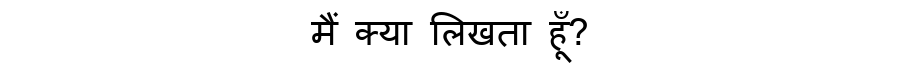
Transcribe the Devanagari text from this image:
मैं क्या लिखता हूँ?